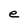
Character: e